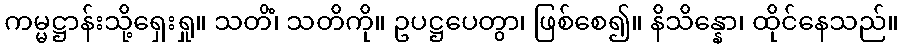
ကမ္မဋ္ဌာန်းသို့ရှေးရှု။ သတိံ၊ သတိကို။ ဥပဋ္ဌပေတွာ၊ ဖြစ်စေ၍။ နိသိန္နော၊ ထိုင်နေသည်။